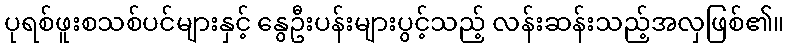
ပုရစ်ဖူးစသစ်ပင်များနှင့် နွေဦးပန်းများပွင့်သည့် လန်းဆန်းသည့်အလှဖြစ်၏။